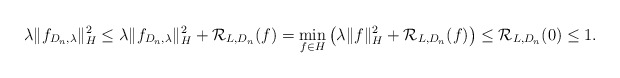
\begin{align*} \lambda \| f_{D_n, \lambda} \|_H^2\leq \lambda \| f_{D_n, \lambda} \|_H^2 + \mathcal R_{L, D_n} (f)= \min_{f \in H} \left( \lambda \| f \|_H^2 + \mathcal R_{L, D_n} (f) \right)\leq \mathcal R_{L, D_n} (0)\leq 1.\end{align*}